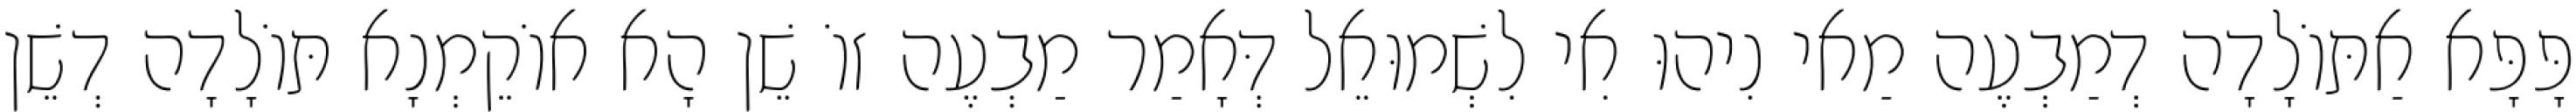
פָּפָּא אַתּוֹלָדָה דְמַבְעֶה מַאי נִיהוּ אִי לִשְׁמוּאֵל דְּאָמַר מַבְעֶה זוֹ שֵׁן הָא אוֹקֵמְנָא תּוֹלָדָה דְשֵׁן